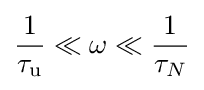
{\frac {1}{\tau _{\rm {u}}}}\ll \omega \ll {\frac {1}{\tau _{N}}}